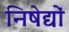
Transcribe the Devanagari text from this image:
निषेद्यों